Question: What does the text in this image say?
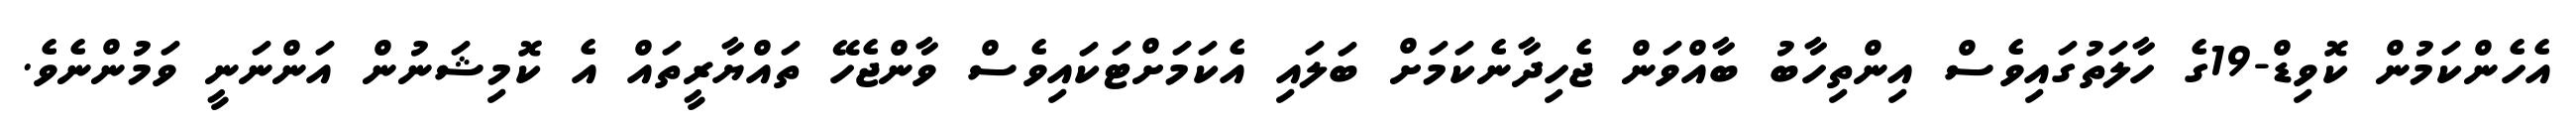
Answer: އެހެންކަމުން ކޮވިޑް-19ގެ ހާލަތުގައިވެސް އިންތިހާބު ބާއްވަން ޖެހިދާނެކަމަށް ބަލައި އެކަމަށްޓަކައިވެސް ވާންޖެހޭ ތައްޔާރީތައް އެ ކޮމިޝަނުން އަންނަނީ ވަމުންނެވެ.